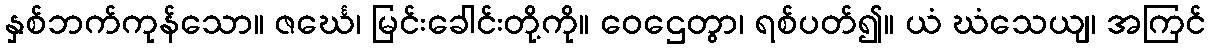
နှစ်ဘက်ကုန်သော။ ဇင်္ဃေ၊ မြင်းခေါင်းတို့ကို။ ဝေဌေတွာ၊ ရစ်ပတ်၍။ ယံ ဃံသေယျ၊ အကြင်